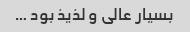
بسیار عالی و لذیذ بود …